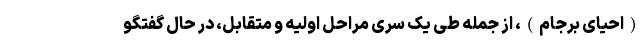
(احیای برجام)، از جمله طی یک سری مراحل اولیه و متقابل، در حال گفتگو